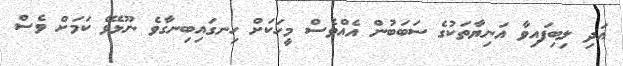
އަދި ލިބިފައިވާ އަނިޔާތަކުގެ ސަބަބުން އެއްވެސް މީހަކަށް ހިނގައިބިނގާވެ ނޫޅެވޭ ކަމަށް ވެސް